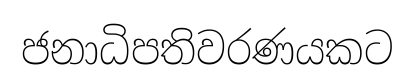
ජනාධිපතිවරණයකට